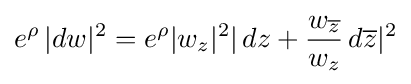
e^{\rho }\,|dw|^{2}=e^{\rho }|w_{z}|^{2}|\,dz+{w_{\overline {z}} \over w_{z}}\,d{\overline {z}}|^{2}